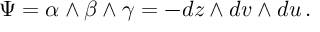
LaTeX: \Psi = \alpha \wedge \beta \wedge \gamma = - d z \wedge d v \wedge d u \, .